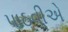
પાઠવીએ